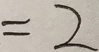
= 2